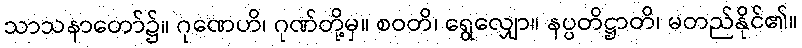
သာသနာတော်၌။ ဂုဏေဟိ၊ ဂုဏ်တို့မှ။ စဝတိ၊ ရွေလျှော။ နပ္ပတိဋ္ဌာတိ၊ မတည်နိုင်၏။